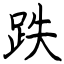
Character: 跌